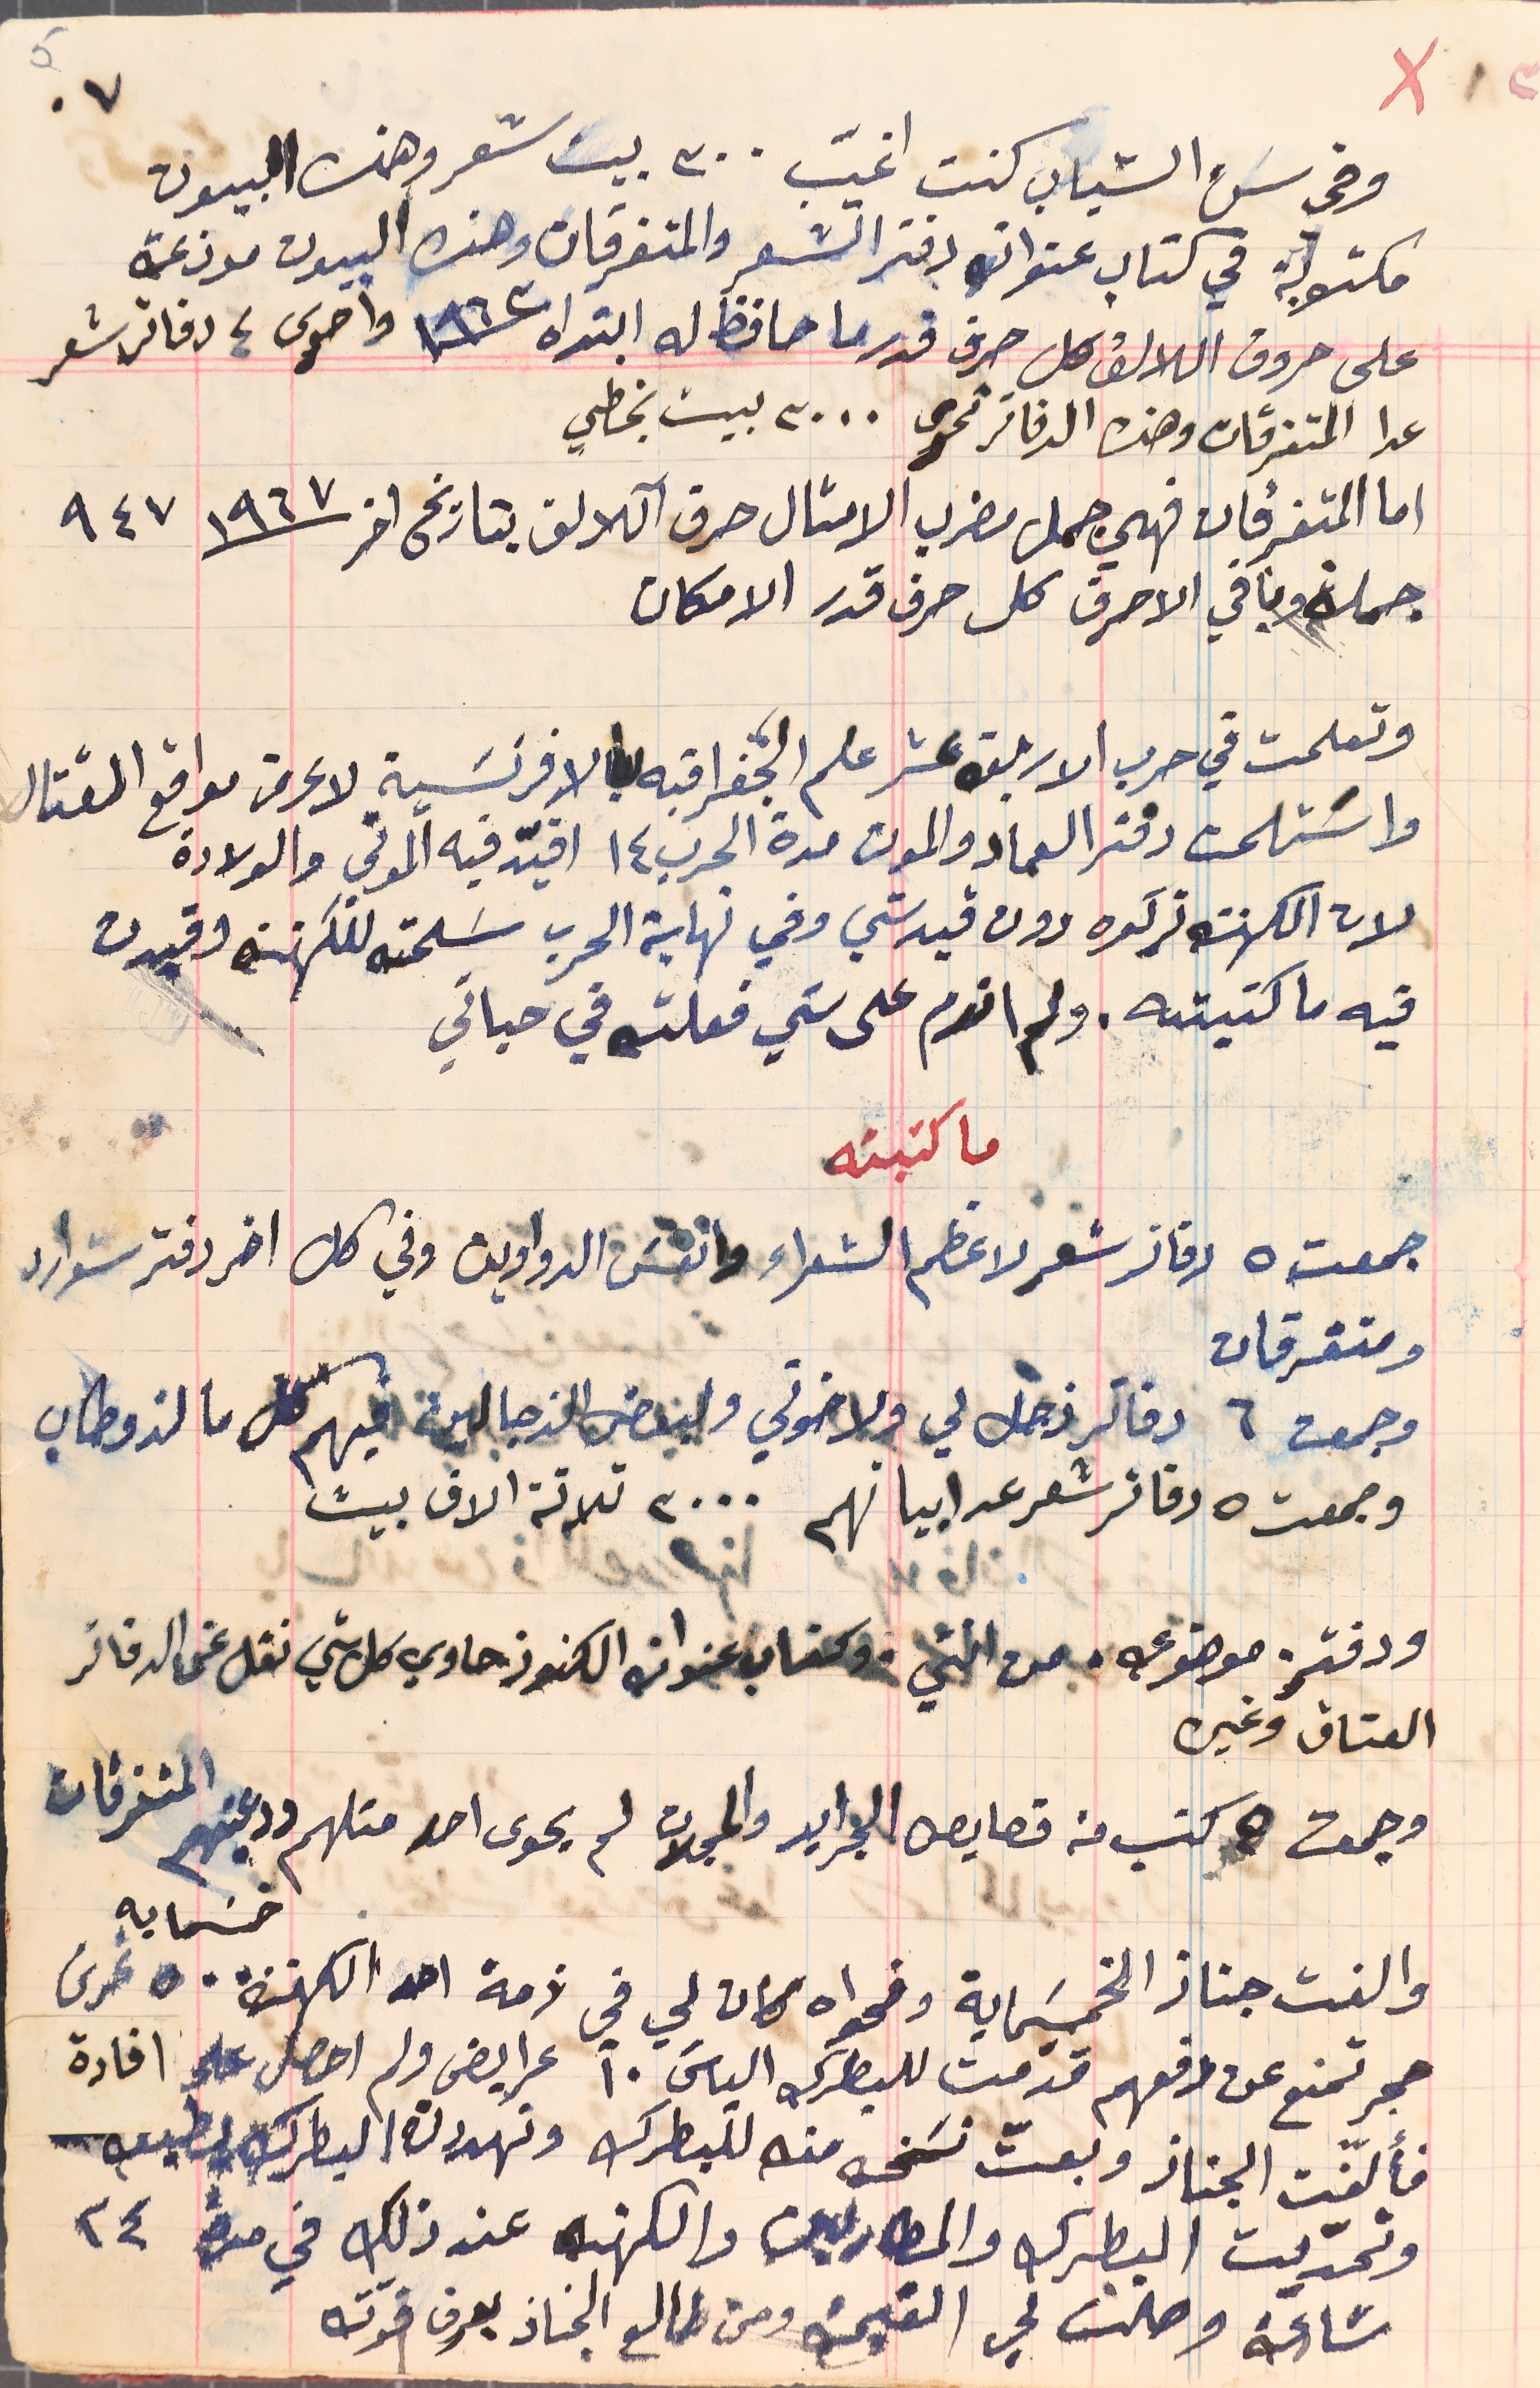
وفي سَن الشباب كنت اغيب ٣٠٠ بيت شعر وهذه البيوت
مكتوبة في كتاب عنوانه دفتر الشعر والمتفرقات وهذه البيوت موزعة
على حروف اللالف كل حرف قدر ما حافظ له ابتداه سنة ١٩٦٢ واخرى ٤ دفاتر شعر
عدا المتفرقات وهذه الدفاتر تحوى ٣٠٠٠ بيت بخطي
اما المتفرفات فهي جمل مضرب الامثال حرف آللالف بتاريخ اخر  ١٩٦٧ ٩٤٧
جملة وباقي الاحرف كل حرف قدر الامكان
 وتعلمت في حرب الاربعة عشر علم الجغرافيه بالافرنسَية لاعرض مواقع القتال
واسَتلمت دفتر العماد والموت مدة الحرب ١٤ اقيّد فيه الموتى والولادة
لان الكهنة تركوه دون قيد شي وفي نهاية الحرب سَلمته للكهنه وقيدت
 فيه ما كتبته. ولم اندم على شي فعلته في حياتي
ما كتبته
 جمعته ٥ دفاتر شعر لاعظم الشعراء وانفسَ الدواوين وفي كل اخر دفتر شوارد
وجمعت ٦ دفاتر زجل لي ولاخوتي ولبعض الزجالين فيهم كل ما لذ وطاب
وجمعت ٥ دفاتر شعر عرابيا فهم ٣٠٠٠ ثلاثة الاف بيت
ودفتر موضوعي. من انتي. وكتاب عنوان الكنوز حاوي كل شي نقل عن الدفاتر
العتاق وغيره
وجمعت ٥ كتب من قصايص الجرايد والمجلات لم يحوى احد متلهم ودعيتهم المتفرقات
 والفت جناز الخمسَماية وفحواه كان لي في ذمة احد الكهنة ٥٠٠ خمسمايه غرش
حجر تمنع عن دفعهم قدمت للبطرك الياسَ ١٠ عرايض ولم احصل على افادة
فألفّت الجناز وبعتّ نسَخه منه للبطرك وتهددت البطرك بطبعه
وتحدّيت البطرك والمطارين والكهنه عند ذلك في مدة ٢٤
سَاعة وصلت لي القيمة ومن طالع الجناز يعرف قوته
ومتفرقات